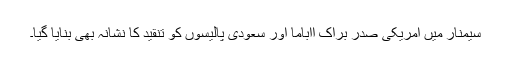
سیمنار میں امریکی صدر براک ااباما اور سعودی پالیسوں کو تنقید کا نشانہ بھی بنایا گیا۔